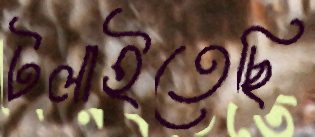
টলাইতেছি